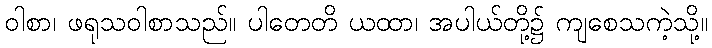
ဝါစာ၊ ဖရုသဝါစာသည်။ ပါတေတိ ယထာ၊ အပါယ်တို့၌ ကျစေသကဲ့သို့။